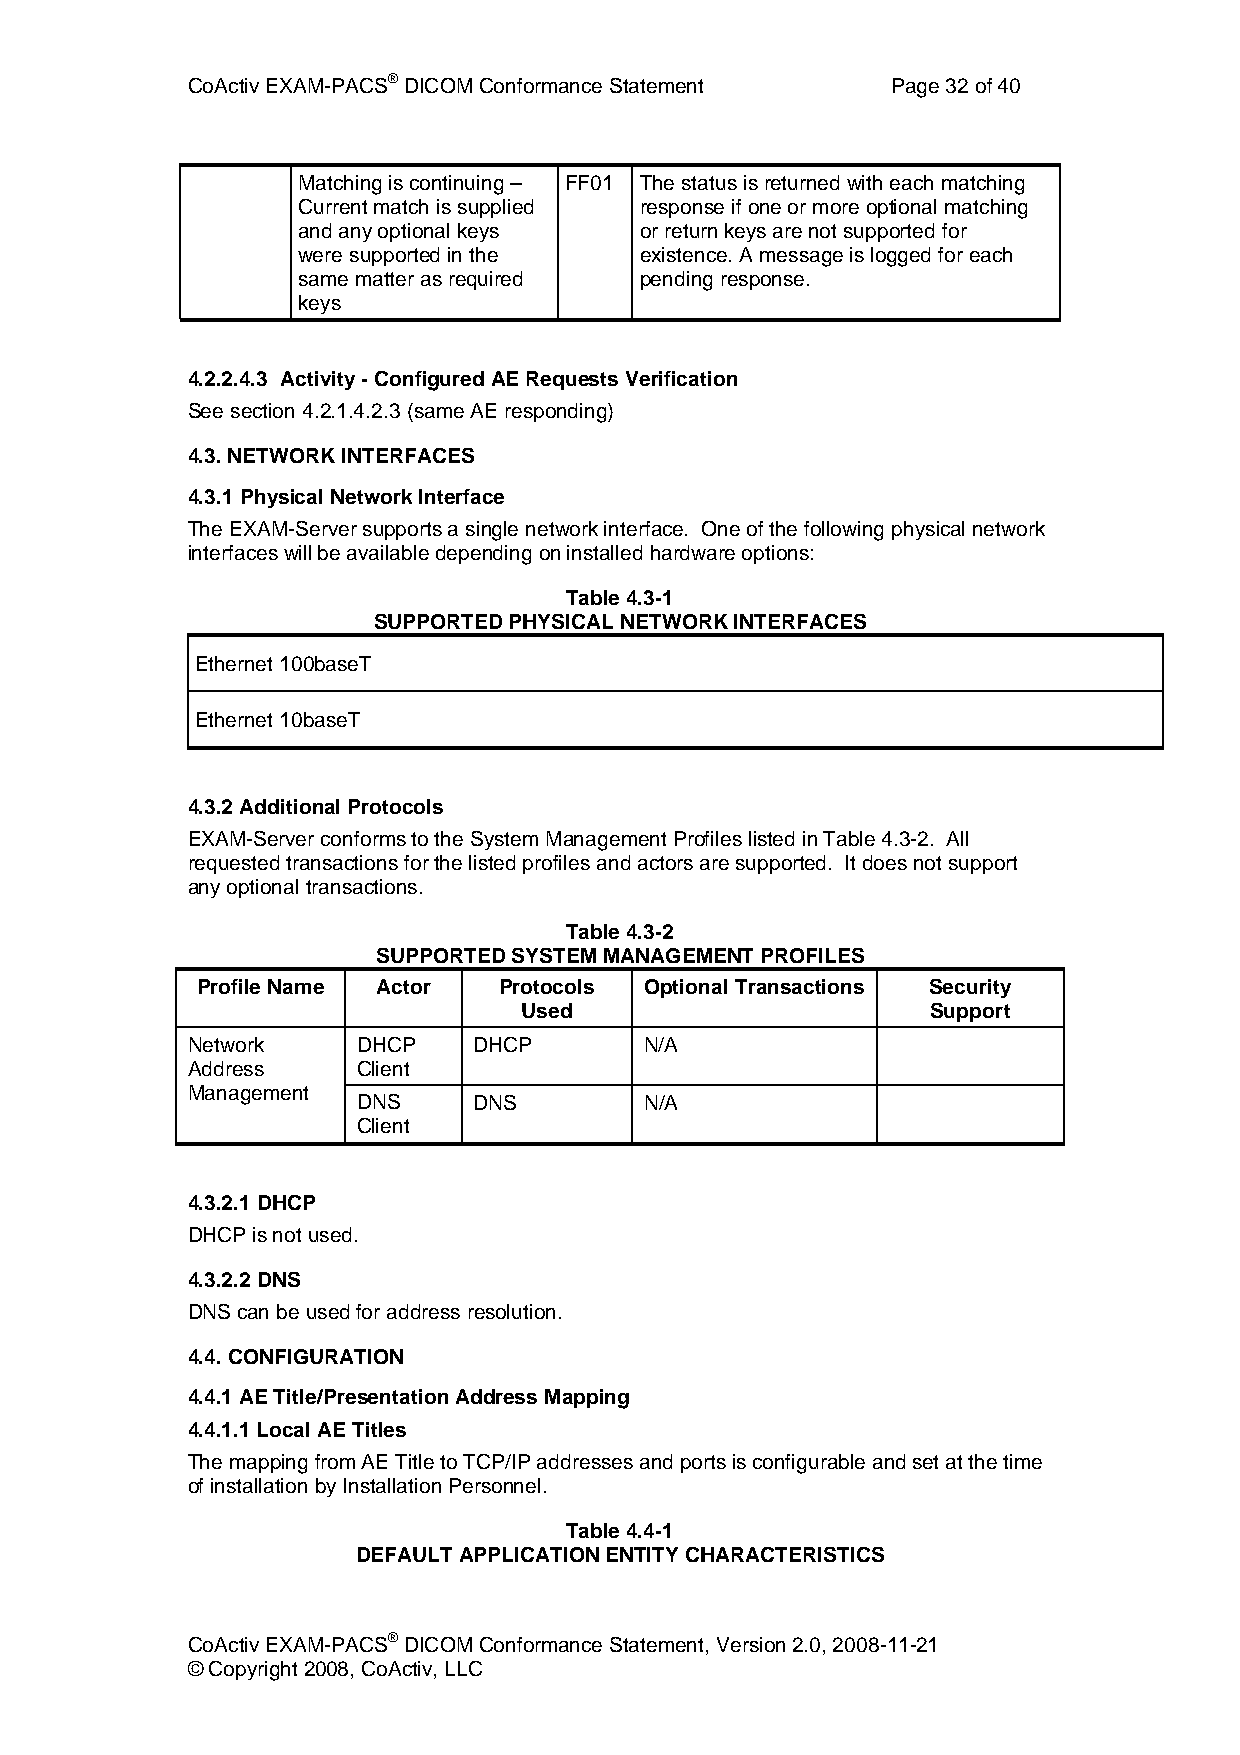
CoActiv EXAM-PACS® DICOM Conformance Statement Page 32 of 40
 Matching is continuing – FF01 The status is returned with each matching
 Current match is supplied response if one or more optional matching
 and any optional keys or return keys are not supported for
 were supported in the existence. A message is logged for each
 same matter as required pending response.
 keys
 4.2.2.4.3 Activity - Configured AE Requests Verification
 See section 4.2.1.4.2.3 (same AE responding)
 4.3. NETWORK INTERFACES
 4.3.1 Physical Network Interface
 The EXAM-Server supports a single network interface. One of the following physical network
 interfaces will be available depending on installed hardware options:
 Table 4.3-1
 SUPPORTED PHYSICAL NETWORK INTERFACES
 Ethernet 100baseT
 Ethernet 10baseT
 4.3.2 Additional Protocols
 EXAM-Server conforms to the System Management Profiles listed in Table 4.3-2. All
 requested transactions for the listed profiles and actors are supported. It does not support
 any optional transactions.
 Table 4.3-2
 SUPPORTED SYSTEM MANAGEMENT PROFILES
 Profile Name Actor  Protocols Optional Transactions Security
 Used                       Support
 Network     DHCP   DHCP        N/A
 Address     Client
 Management
 DNS    DNS         N/A
 Client
 4.3.2.1 DHCP
 DHCP is not used.
 4.3.2.2 DNS
 DNS can be used for address resolution.
 4.4. CONFIGURATION
 4.4.1 AE Title/Presentation Address Mapping
 4.4.1.1 Local AE Titles
 The mapping from AE Title to TCP/IP addresses and ports is configurable and set at the time
 of installation by Installation Personnel.
 Table 4.4-1
 DEFAULT APPLICATION ENTITY CHARACTERISTICS
 CoActiv EXAM-PACS® DICOM Conformance Statement, Version 2.0, 2008-11-21
 © Copyright 2008, CoActiv, LLC